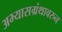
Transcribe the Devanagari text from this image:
अभ्यासग्रंथावरुन